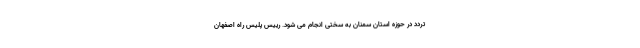
تردد در حوزه استان سمنان به سختی انجام می شود. رییس پلیس راه اصفهان